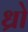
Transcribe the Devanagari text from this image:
ध्रो